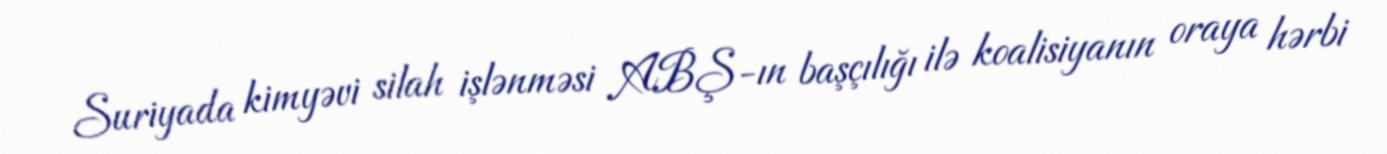
Suriyada kimyəvi silah işlənməsi ABŞ-ın başçılığı ilə koalisiyanın oraya hərbi